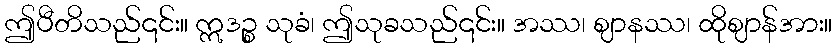
ဤပီတိသည်၎င်း။ ဣဒဉ္စ သုခံ၊ ဤသုခသည်၎င်း။ အဿ၊ ဈာနဿ၊ ထိုဈာန်အား။